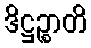
ဒိဋ္ဌဉ္စာတိ